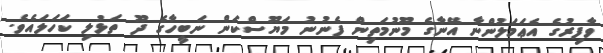
ވާފިރުގެ އެޢަމަލުންނާ އޭނާގެ މޫނުމަތިން ފެނުނު މަޔޫސްކަން ނަބީހާގެ ދޫ ތަޅުލި ކަހަލައެވެ.